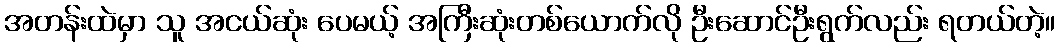
အတန်းထဲမှာ သူ အငယ်ဆုံး ပေမယ့် အကြီးဆုံးတစ်ယောက်လို ဦးဆောင်ဦးရွက်လည်း ရတယ်တဲ့။